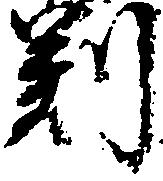
判